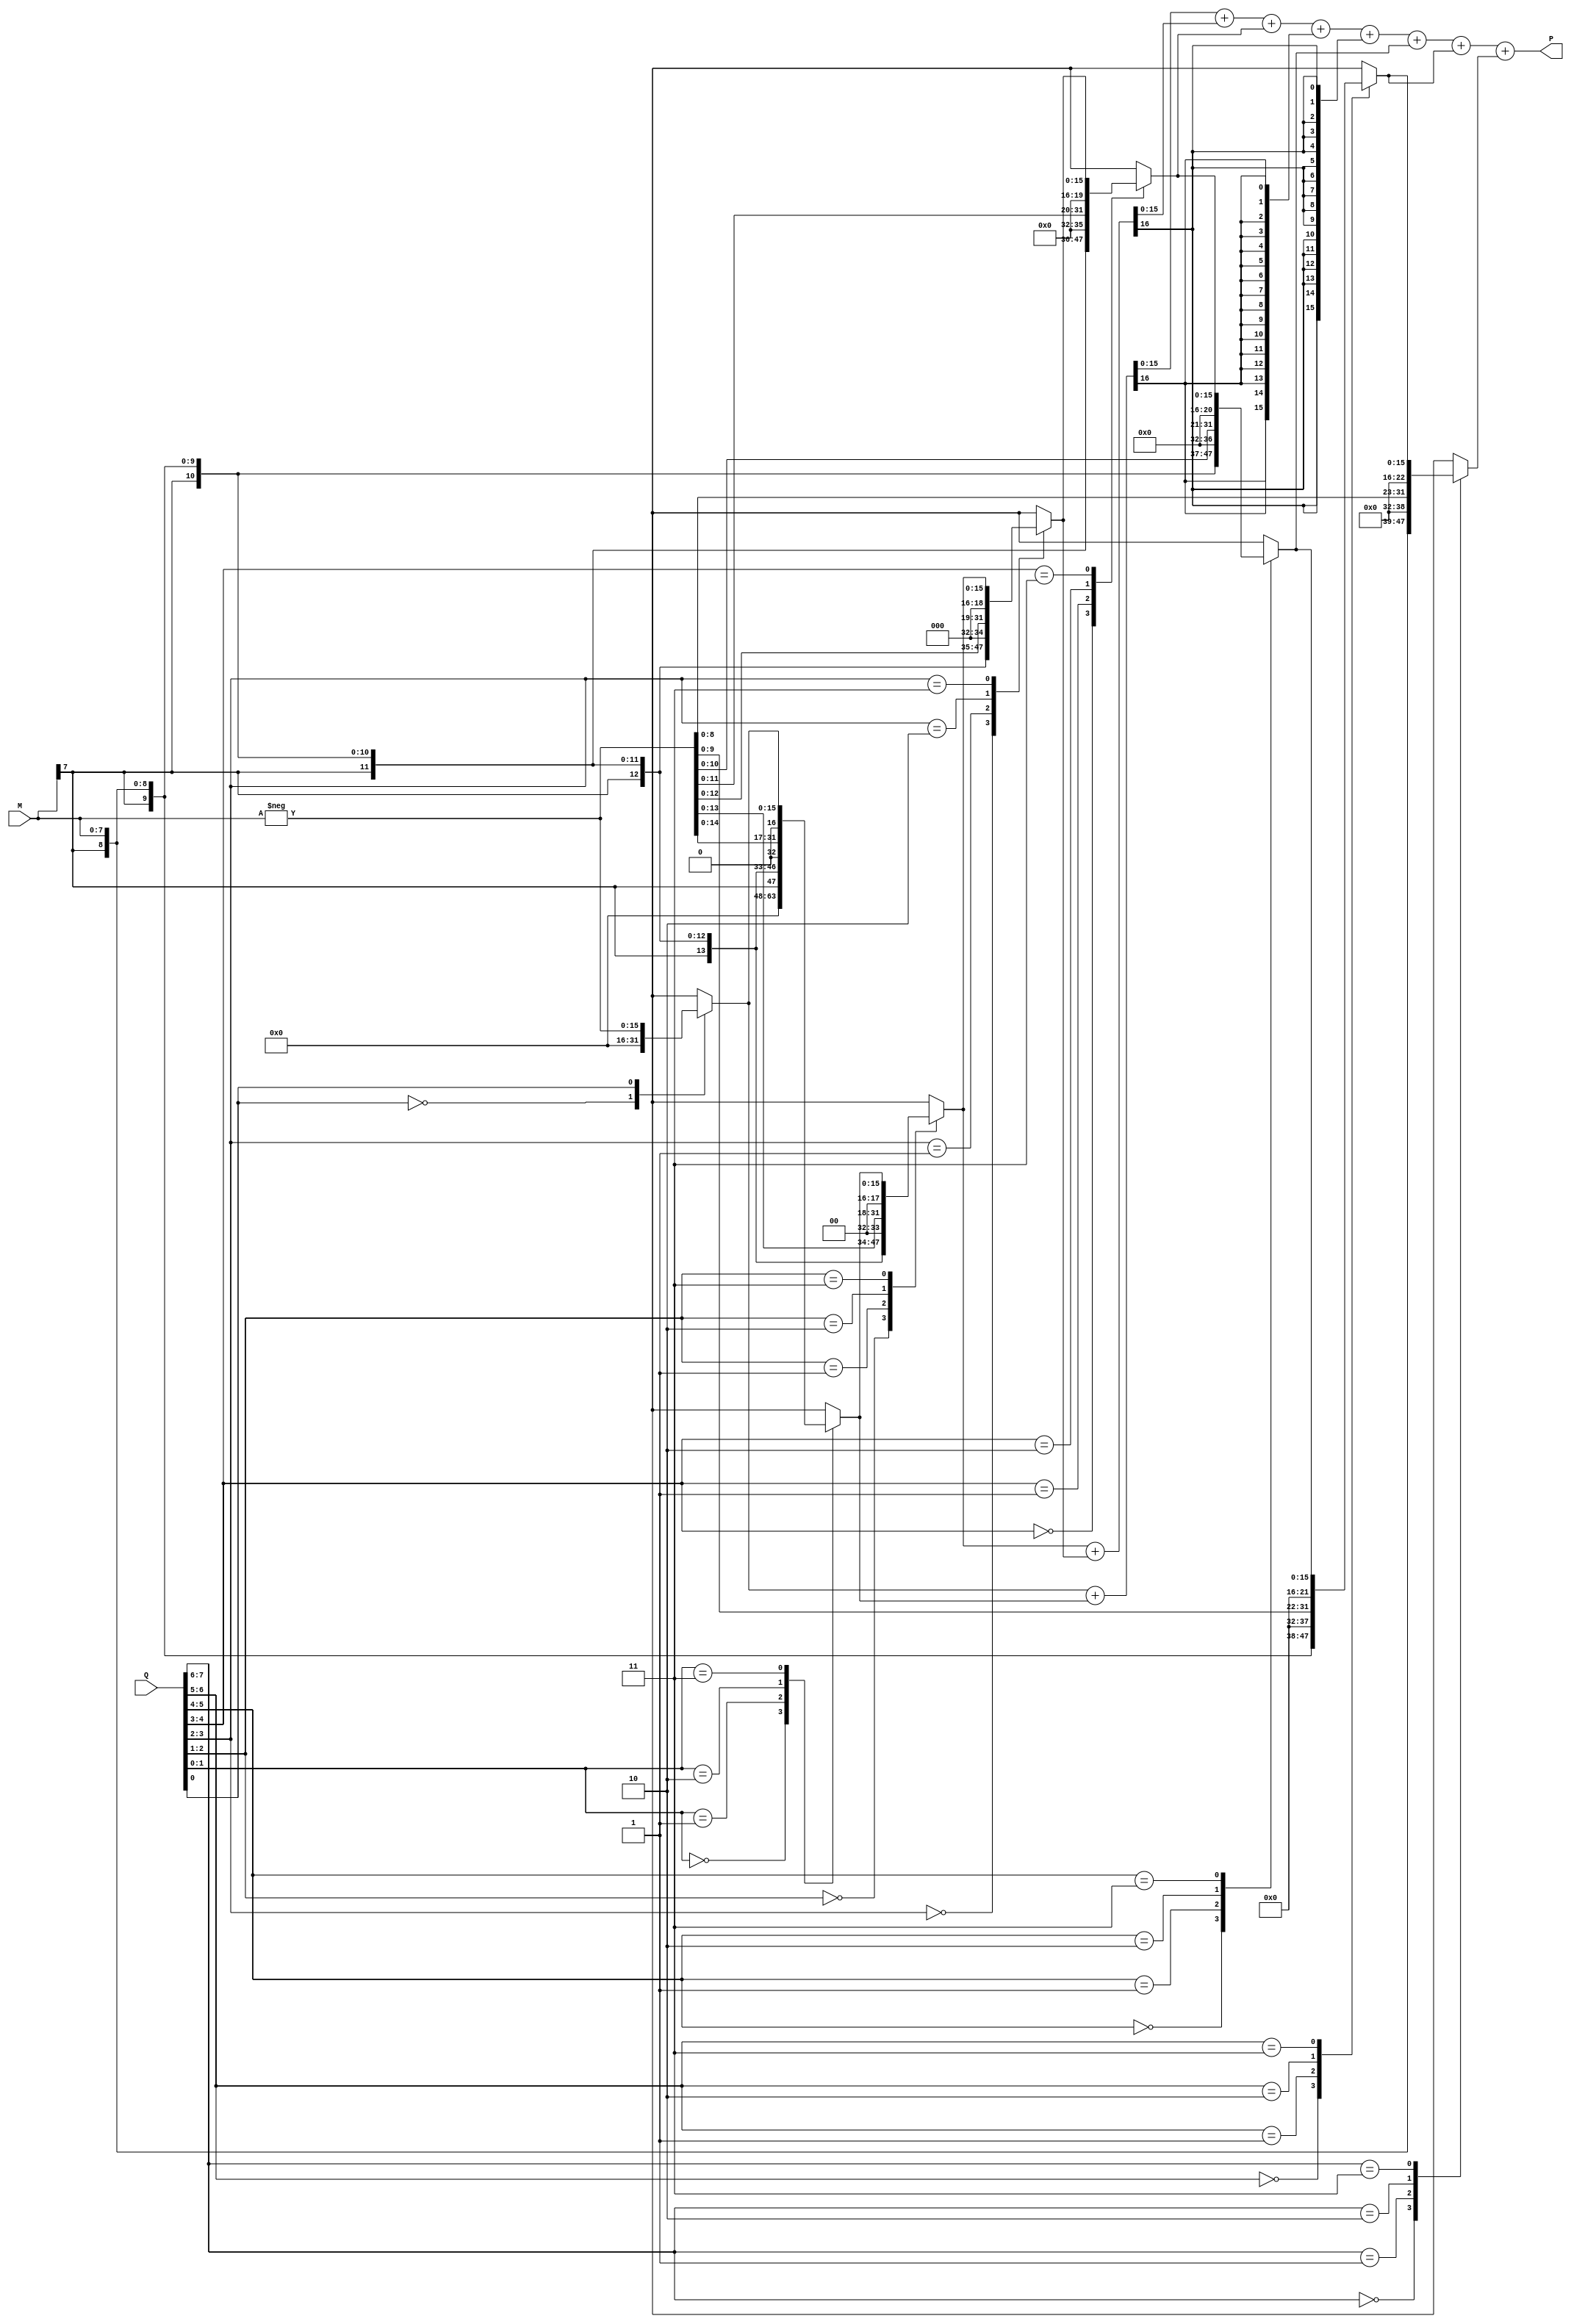
module booth_multiplier (
    input signed [7:0] M,      // Multiplicand
    input signed [7:0] Q,      // Multiplier
    output signed [15:0] P      // Product
);
    // Internal signals
    reg signed [15:0] partial_products [0:7]; // Array to hold partial products
    reg [3:0] count; // Counter for Booth's algorithm
    reg [7:0] Q_temp; // Temporary register for multiplier
    reg Q_1; // Previous bit of Q
    integer i;

    // Booth encoding and partial product generation
    always @(*) begin
        Q_temp = Q;
        Q_1 = 0; // Initialize previous bit
        count = 0;

        // Generate partial products based on Booth's algorithm
        for (i = 0; i < 8; i = i + 1) begin
            case ({Q_temp[0], Q_1})
                2'b00: partial_products[i] = 0; // No operation
                2'b01: partial_products[i] = M << i; // Add multiplicand
                2'b10: partial_products[i] = -M << i; // Subtract multiplicand
                2'b11: partial_products[i] = partial_products[i-1]; // Maintain previous
            endcase
            Q_1 = Q_temp[0]; // Update previous bit
            Q_temp = Q_temp >> 1; // Shift multiplier
        end
    end

    // Wallace tree reduction
    wire [15:0] sum1, sum2, carry1, carry2;
    wire [15:0] final_sum, final_carry;

    // First stage of reduction
    assign {carry1, sum1} = partial_products[0] + partial_products[1];
    assign {carry2, sum2} = partial_products[2] + partial_products[3];
    
    // Second stage of reduction
    assign {final_carry, final_sum} = sum1 + sum2 + partial_products[4];

    // Final addition stage
    assign P = final_sum + carry1 + carry2 + partial_products[5] + partial_products[6] + partial_products[7];

endmodule